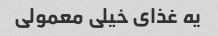
یه غذای خیلی معمولی